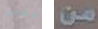
فطيرة من